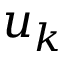
u _ { k }